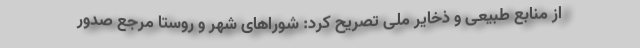
از منابع طبیعی و ذخایر ملی تصریح کرد: شوراهای شهر و روستا مرجع صدور